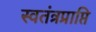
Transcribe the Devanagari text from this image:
स्वतंत्रप्राप्ति